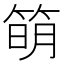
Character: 𥯋